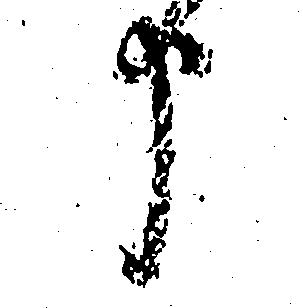
う